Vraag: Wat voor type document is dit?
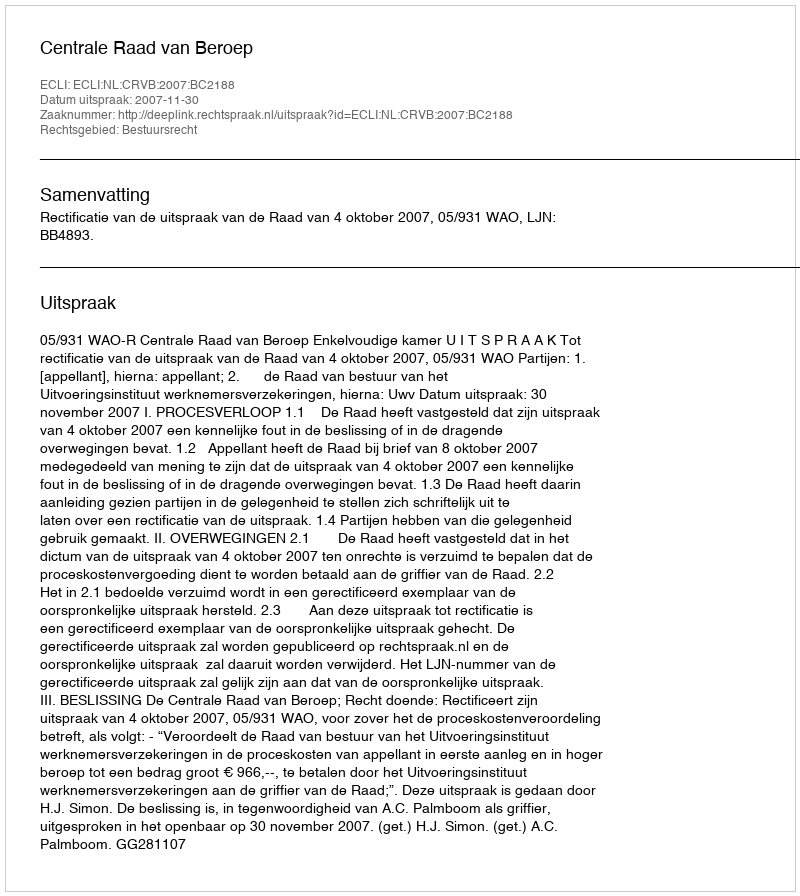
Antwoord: Uitspraak